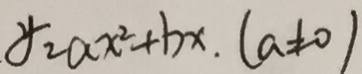
y _ { 2 } a x ^ { 2 } + b x , ( a \neq 0 )